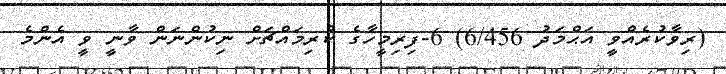
(ރިވާކުރެއްވީ އަޙްމަދު 6/456) 6-ފިރިމީހާގެ ކުރިމައްޗަށް ނިކުންނަން ވާނީ ވީ އެންމެ